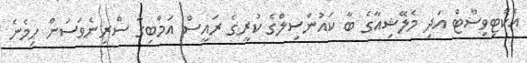
އެކްޓިވިސްޓް އަދި މެލޭޝިއާގެ ބާ ކައުންސިލްގެ ކުރީގެ ރައީސް އަމްބިގާ ސްރިނެވަސަން ހިމެނެ